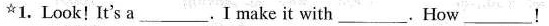
^{☆}1.Look!It's a___.I make it with___. How ___！